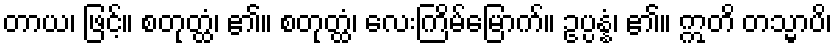
တာယ၊ ဖြင့်။ စတုတ္ထံ၊ ၏။ စတုတ္ထံ၊ လေးကြိမ်မြောက်။ ဥပ္ပန္နံ၊ ၏။ ဣတိ တသ္မာပိ၊